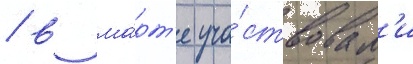
/ в ма́рт'е уча́ствовал'и